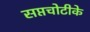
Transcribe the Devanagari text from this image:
सप्तचोटीके